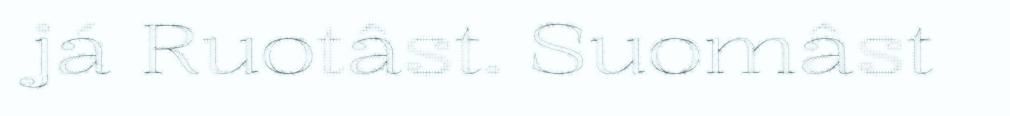
já Ruotâst. Suomâst